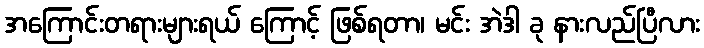
အကြောင်းတရားများရယ် ကြောင့် ဖြစ်ရတာ၊ မင်း အဲဒါ ခု နားလည်ပြီလား